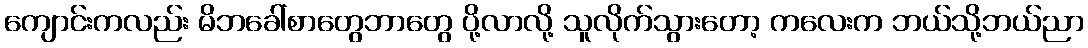
ကျောင်းကလည်း မိဘခေါ်စာတွေဘာတွေ ပို့လာလို့ သူလိုက်သွားတော့ ကလေးက ဘယ်သို့ဘယ်ညာ